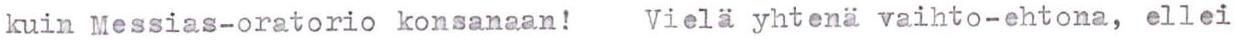
kuin Messias-oratorio konsanaan!  Vielä yhtenä vaihto-ehtona, ellei